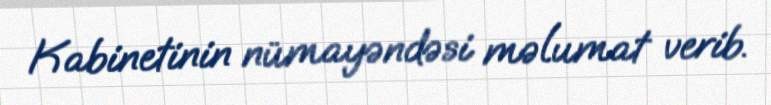
Kabinetinin nümayəndəsi məlumat verib.